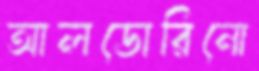
আলডোরিনো